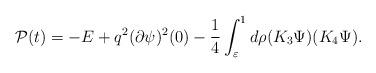
LaTeX: \begin{align*}{\cal P}(t)=-E+q^2 (\partial \psi)^2(0)-\frac14\int_{\varepsilon}^{1} d\rho (K_3 \Psi)(K_4 \Psi).\end{align*}